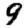
Digit: 9